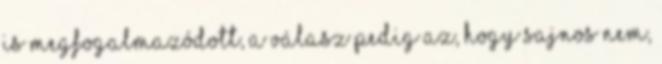
is megfogalmazódott, a válasz pedig az, hogy sajnos nem,